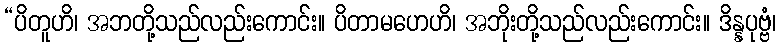
“ပိတူဟိ၊ အဘတို့သည်လည်းကောင်း။ ပိတာမဟေဟိ၊ အဘိုးတို့သည်လည်းကောင်း။ ဒိန္နပုဗ္ဗံ၊